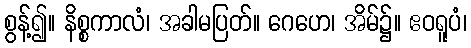
စွန့်၍။ နိစ္စကာလံ၊ အခါမပြတ်။ ဂေဟေ၊ အိမ်၌။ ဧဝရူပံ၊